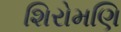
શિરોમણિ